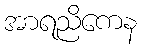
အာရညိကေန